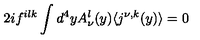
2 i f ^ { i l k } \int d ^ { 4 } y A _ { \nu } ^ { l } ( y ) \langle j ^ { \nu , k } ( y ) \rangle = 0